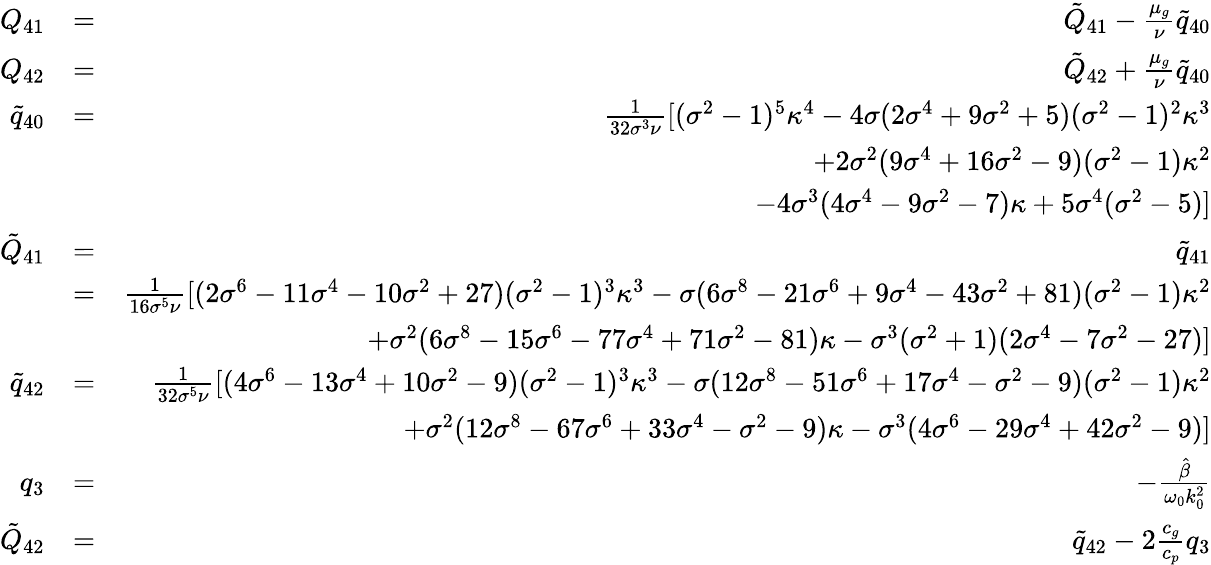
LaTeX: \begin{array}{rlr}{Q_{41}}&{=}&{\tilde{Q}_{41}-\frac{\mu_{g}}{\nu}\tilde{q}_{40}}\\ {Q_{42}}&{=}&{\tilde{Q}_{42}+\frac{\mu_{g}}{\nu}\tilde{q}_{40}}\\ {\tilde{q}_{40}}&{=}&{\frac{1}{32\sigma^{3}\nu}[(\sigma^{2}-1)^{5}\kappa^{4}-4\sigma(2\sigma^{4}+9\sigma^{2}+5)(\sigma^{2}-1)^{2}\kappa^{3}}\\ &{}&{+2\sigma^{2}(9\sigma^{4}+16\sigma^{2}-9)(\sigma^{2}-1)\kappa^{2}}\\ &{}&{-4\sigma^{3}(4\sigma^{4}-9\sigma^{2}-7)\kappa+5\sigma^{4}(\sigma^{2}-5)]}\\ {\tilde{Q}_{41}}&{=}&{\tilde{q}_{41}}\\ &{=}&{\frac{1}{16\sigma^{5}\nu}[(2\sigma^{6}-11\sigma^{4}-10\sigma^{2}+27)(\sigma^{2}-1)^{3}\kappa^{3}-\sigma(6\sigma^{8}-21\sigma^{6}+9\sigma^{4}-43\sigma^{2}+81)(\sigma^{2}-1)\kappa^{2}}\\ &{}&{+\sigma^{2}(6\sigma^{8}-15\sigma^{6}-77\sigma^{4}+71\sigma^{2}-81)\kappa-\sigma^{3}(\sigma^{2}+1)(2\sigma^{4}-7\sigma^{2}-27)]}\\ {\tilde{q}_{42}}&{=}&{\frac{1}{32\sigma^{5}\nu}[(4\sigma^{6}-13\sigma^{4}+10\sigma^{2}-9)(\sigma^{2}-1)^{3}\kappa^{3}-\sigma(12\sigma^{8}-51\sigma^{6}+17\sigma^{4}-\sigma^{2}-9)(\sigma^{2}-1)\kappa^{2}}\\ &{}&{+\sigma^{2}(12\sigma^{8}-67\sigma^{6}+33\sigma^{4}-\sigma^{2}-9)\kappa-\sigma^{3}(4\sigma^{6}-29\sigma^{4}+42\sigma^{2}-9)]}\\ {q_{3}}&{=}&{-\frac{\hat{\beta}}{\omega_{0}k_{0}^{2}}}\\ {\tilde{Q}_{42}}&{=}&{\tilde{q}_{42}-2\frac{c_{g}}{c_{p}}q_{3}}\end{array}